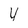
Character: 4